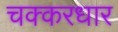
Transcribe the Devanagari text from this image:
चक्करधार